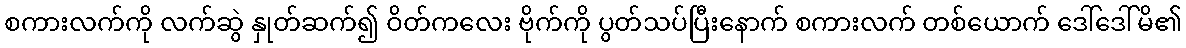
စကားလက်ကို လက်ဆွဲ နှုတ်ဆက်၍ ဝိတ်ကလေး ဗိုက်ကို ပွတ်သပ်ပြီးနောက် စကားလက် တစ်ယောက် ဒေါ်ဒေါ်မိ၏